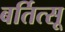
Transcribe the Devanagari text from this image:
बर्तित्सू